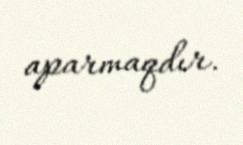
aparmaqdır.